Annual report on the Civil Veterinary Department, Burma (including the Insein Veterinary School) - 1910-1922
Year: 1910
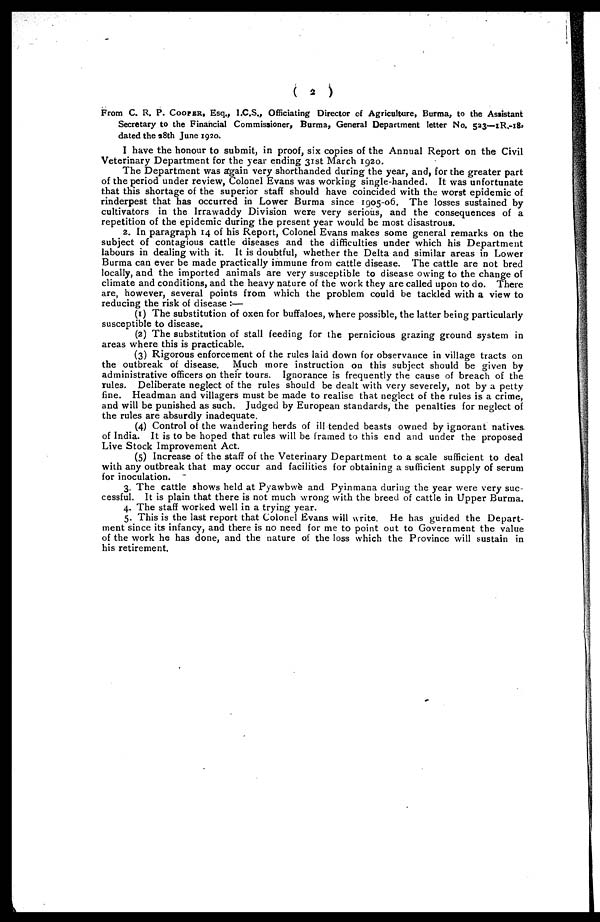
(
2
)
From C. R. P. COOPER, Esq., I.C.S., Officiating Director of Agriculture, Burma, to the Assistant
Secretary to the Financial Commissioner, Burma, General Department letter No. 523—1R.-18,
dated the 28th June 1920.
I have the honour to submit, in proof, six copies of the Annual Report on the Civil
Veterinary Department for the year ending 31st March 1920.
The Department was again very shorthanded during the year, and, for the greater part
of the period under review, Colonel Evans was working single-handed. It was unfortunate
that this shortage of the superior staff should have coincided with the worst epidemic of
rinderpest that has occurred in Lower Burma since 1905-06. The losses sustained by
cultivators in the Irrawaddy Division were very serious, and the consequences of a
repetition of the epidemic during the present year would be most disastrous.
2. In paragraph 14 of his Report, Colonel Evans makes some general remarks on the
subject of contagious cattle diseases and the difficulties under which his Department
labours in dealing with it. It is doubtful, whether the Delta and similar areas in Lower
Burma can ever be made practically immune from cattle disease. The cattle are not bred
locally, and the imported animals are very susceptible to disease owing to the change of
climate and conditions, and the heavy nature of the work they are called upon to do. There
are, however, several points from which the problem could be tackled with a view to
reducing the risk of disease :—
(1) The substitution of oxen for buffaloes, where possible, the latter being particularly
susceptible to disease.
(2) The substitution of stall feeding for the pernicious grazing ground system in
areas where this is practicable.
(3) Rigorous enforcement of the rules laid down for observance in village tracts on
the outbreak of disease. Much more instruction on this subject should be given by
administrative officers on their tours. Ignorance is frequently the cause of breach of the
rules. Deliberate neglect of the rules should be dealt with very severely, not by a petty
fine. Headman and villagers must be made to realise that neglect of the rules is a crime,
and will be punished as such. Judged by European standards, the penalties for neglect of
the rules are absurdly inadequate.
(4) Control of the wandering herds of ill tended beasts owned by ignorant natives
of India. It is to be hoped that rules will be framed to this end and under the proposed
Live Stock Improvement Act.
(5) Increase of the staff of the Veterinary Department to a scale sufficient to deal
with any outbreak that may occur and facilities for obtaining a sufficient supply of serum
for inoculation.
3. The cattle shows held at Pyawbwè and Pyinmana during the year were very suc-
cessful. It is plain that there is not much wrong with the breed of cattle in Upper Burma.
4. The staff worked well in a trying year.
5. This is the last report that Colonel Evans will write. He has guided the Depart-
ment since its infancy, and there is no need for me to point out to Government the value
of the work he has done, and the nature of the loss which the Province will sustain in
his retirement.